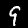
Label: 9